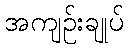
အကျဉ်းချုပ်